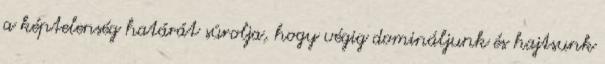
a képtelenség határát súrolja, hogy végig domináljunk és hajtsunk